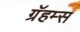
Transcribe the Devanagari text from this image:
ग्रॅहम्स